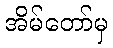
အိမ်တော်မှ